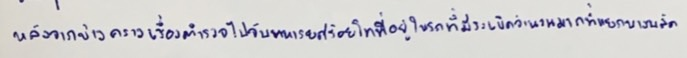
หลังจากข่าวคราวเรื่องตำรวจไปจับทหารยศร้อยโทที่อยู่ในรถที่มีระเบิดจำนวนมากที่แยกบางพลัด